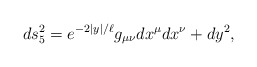
\begin{align*}ds_5^2 = e^{-2|y|/\ell} g_{\mu \nu}dx^\mu dx^\nu + dy^2,\end{align*}